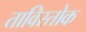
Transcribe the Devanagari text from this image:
ताविस्तोक